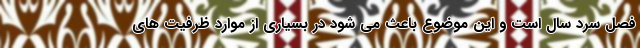
فصل سرد سال است و این موضوع باعث می شود در بسیاری از موارد ظرفیت های